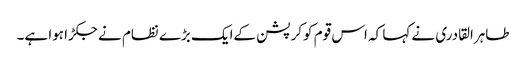
طاہرالقادری نے کہا کہ اس قوم کوکرپشن کےایک بڑے نظام نے جکڑا ہوا ہے۔